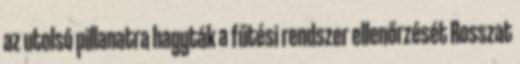
az utolsó pillanatra hagyták a fűtési rendszer ellenőrzését Rosszat